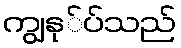
ကျွနု်ပ်သည်